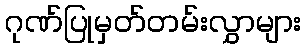
ဂုဏ်ပြုမှတ်တမ်းလွှာများ